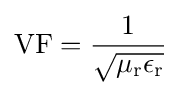
\mathrm {VF} ={\frac {1}{\sqrt {\mu _{\mathrm {r} }\epsilon _{\mathrm {r} }}}}\